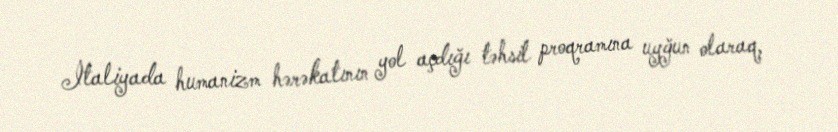
İtaliyada humanizm hərəkatının yol açdığı təhsil proqramına uyğun olaraq,